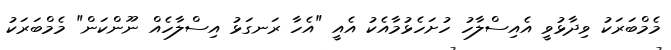
މެމްބަރަކު ވިދާޅުވީ އެއިސްލާހު ހުށަހެޅުމާއެކު އެއީ "އެހާ ރަނގަޅު އިސްލާހެއް ނޫންކަން" މެމްބަރަކު